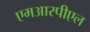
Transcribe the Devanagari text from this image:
एमआरपीएल